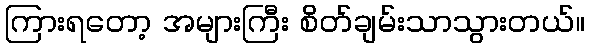
ကြားရတော့ အများကြီး စိတ်ချမ်းသာသွားတယ်။